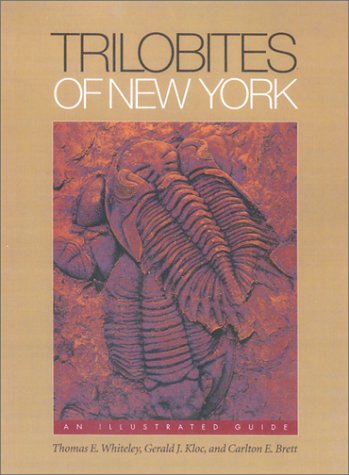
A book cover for Trilobites of New York: An Illustrated Guide (Comstock books); Thomas E. Whiteley; Science & Math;